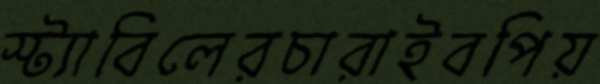
স্ট্যাবিলেরচারাইবপিয়